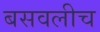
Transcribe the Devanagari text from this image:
बसवलीच